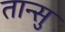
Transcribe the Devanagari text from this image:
तान्सु